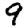
Digit: 9